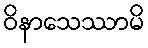
ဝိနာသေဿာမိ